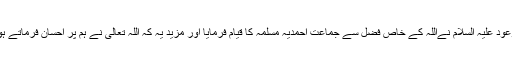
ان عظیم مقاصد کے حصول کے لیے حضرت مسیح موعود علیہ السلام نےاللہ کے خاص فضل سے جماعت احمدیہ مسلمہ کا قیام فرمایا اور مزید یہ کہ اللہ تعالیٰ نے ہم پر احسان فرماتے ہوئے ہمیں خلافت جیسی عظیم روحانی نعمت سے نوازہ۔